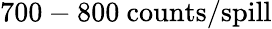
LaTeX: \mathrm{700-800~counts/spill}